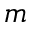
\mathbf { \nabla } m